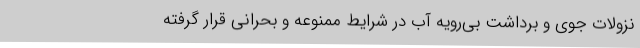
نزولات جوی و برداشت بی‌رویه آب در شرایط ممنوعه و بحرانی قرار گرفته